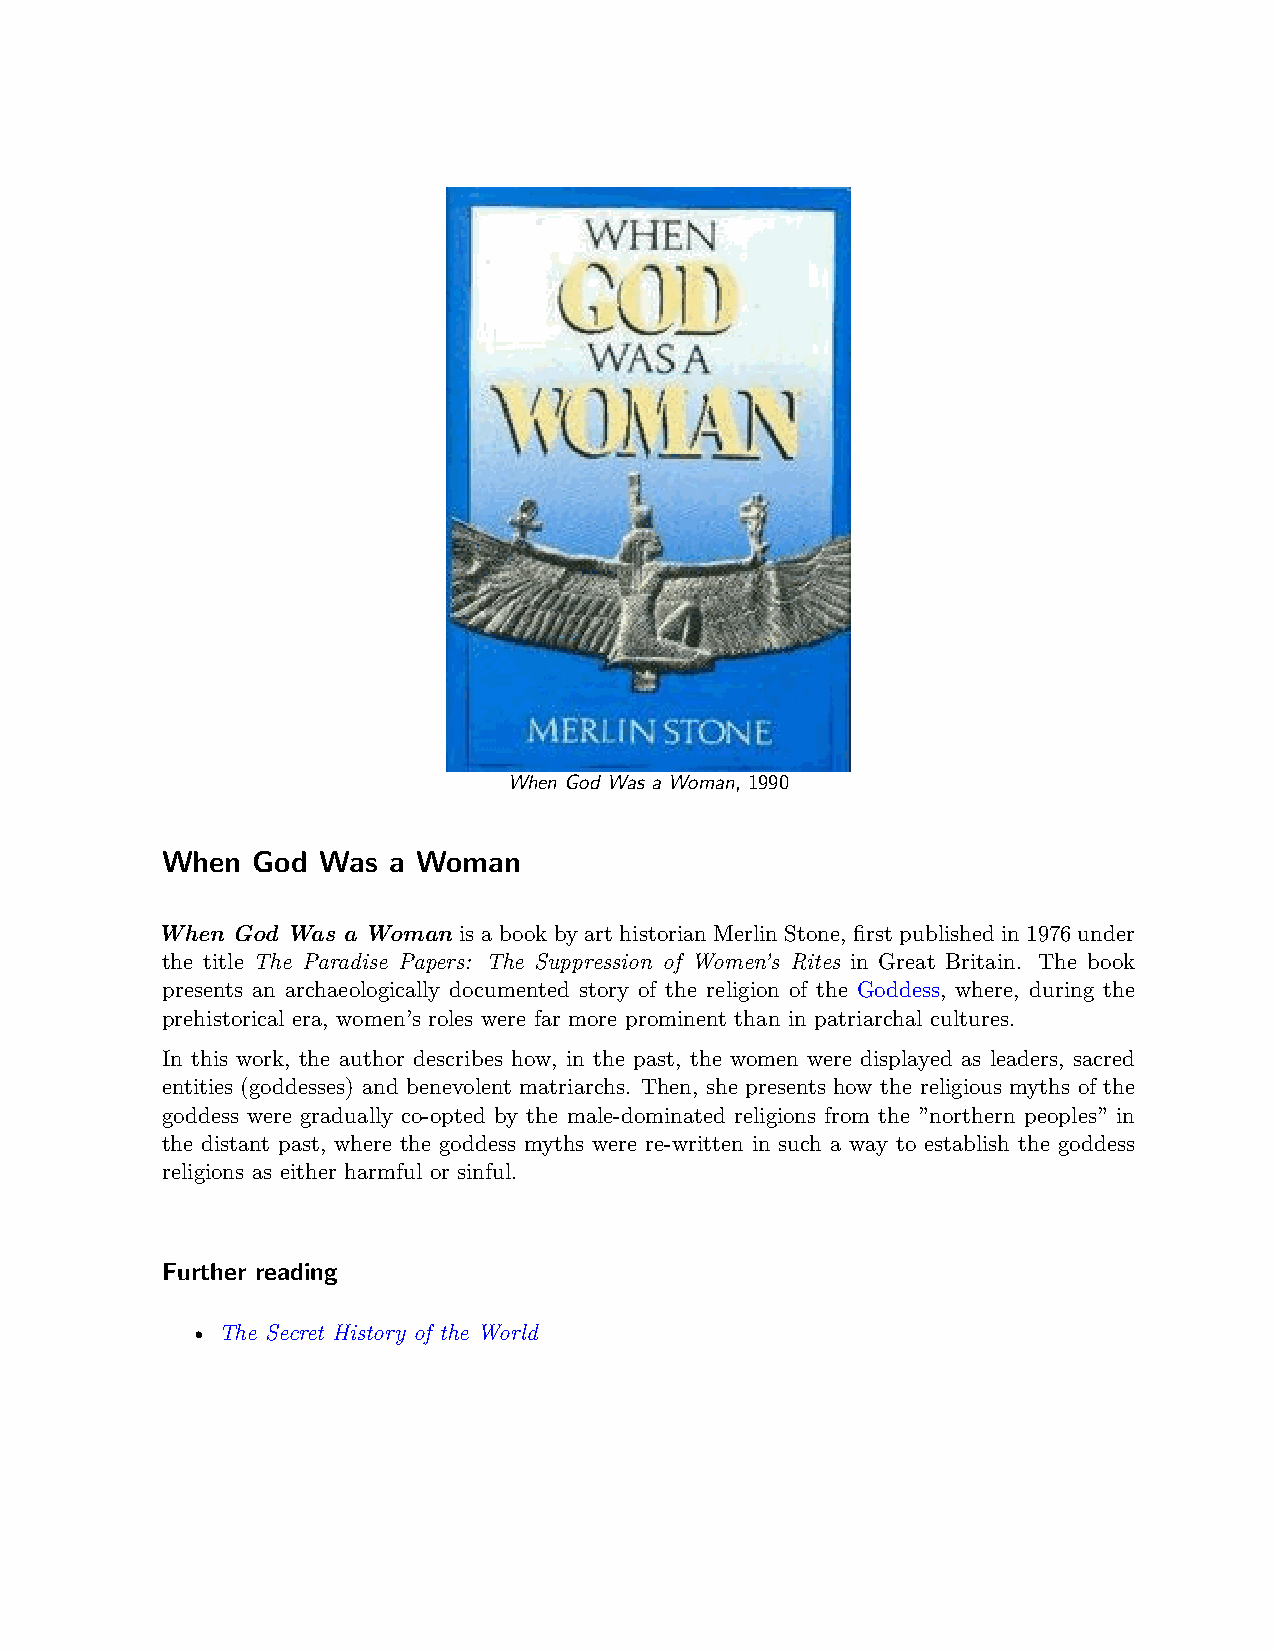
When God Was a Woman, 1990
 When  God Was  a Woman
 When God Was a Woman is a book by art historian Merlin Stone, first published in 1976 under
 the title The Paradise Papers: The Suppression of Women’s Rites in Great Britain. The book
 presents an archaeologically documented story of the religion of the Goddess, where, during the
 prehistorical era, women’s roles were far more prominent than in patriarchal cultures.
 In this work, the author describes how, in the past, the women were displayed as leaders, sacred
 entities (goddesses) and benevolent matriarchs. Then, she presents how the religious myths of the
 goddess were gradually co-opted by the male-dominated religions from the ”northern peoples” in
 the distant past, where the goddess myths were re-written in such a way to establish the goddess
 religions as either harmful or sinful.
 Further reading
 • The Secret History of the World